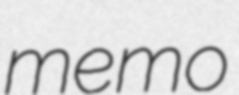
memo